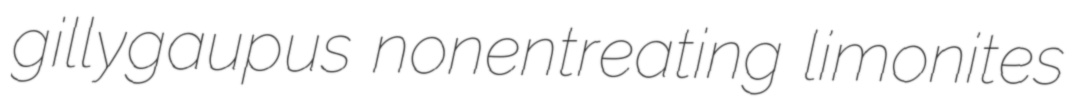
gillygaupus nonentreating limonites